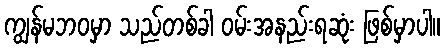
ကျွန်မဘဝမှာ သည်တစ်ခါ ဝမ်းအနည်းရဆုံး ဖြစ်မှာပါ။